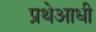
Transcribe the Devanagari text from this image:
प्रथेआधी